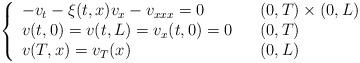
LaTeX: \begin{align*}\left\{\begin{array}[c]{lll}-v_{t}-\xi( t,x) v_{x}-v_{xxx}=0 & & (0,T) \times( 0,L) \\v( t,0) =v( t,L) =v_{x}( t,0) =0 & &( 0,T) \\v( T,x) =v_{T}( x) & & (0,L) \end{array}\right. \end{align*}